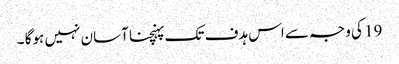
19 کی وجہ سے اس ہدف تک پہنچنا آسان نہیں ہوگا ۔